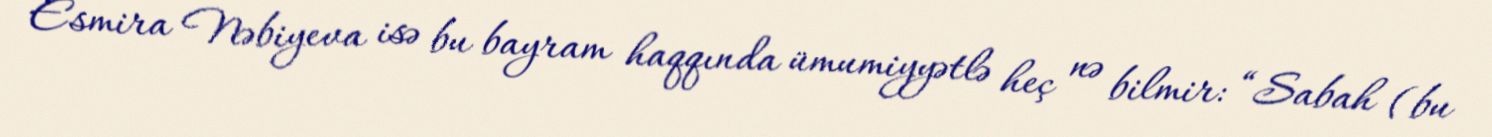
Esmira Nəbiyeva isə bu bayram haqqında ümumiyyətlə heç nə bilmir: “Sabah (bu